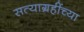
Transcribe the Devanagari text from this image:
सत्याग्रहींच्या